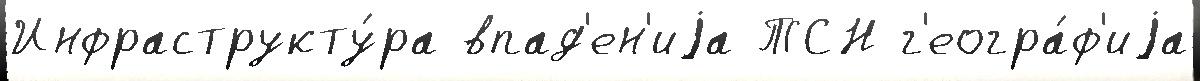
Инфраструкту́ра впад'ен'иjа ТСН г'еогра́ф'иjа